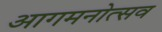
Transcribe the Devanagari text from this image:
आगमनोत्सव